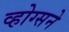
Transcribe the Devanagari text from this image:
व्होग्सने